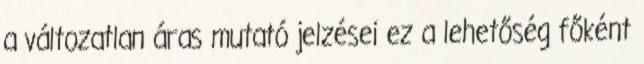
a változatlan áras mutató jelzései ez a lehetőség főként